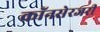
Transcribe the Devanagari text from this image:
कॉनसेरजरी